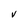
Character: V